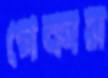
গেকাস